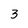
Character: 3